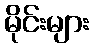
မိုင်းများ